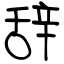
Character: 辞